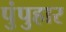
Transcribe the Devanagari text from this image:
पुंपुहार